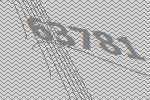
63781